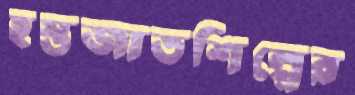
হস্তজাতশিল্পের